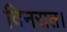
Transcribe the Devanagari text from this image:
दिनरात।